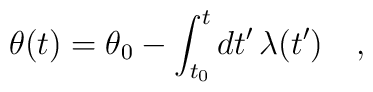
\theta(t)=\theta_0-\int_{t_0}^t dt'\,\lambda(t')\ \ \ ,